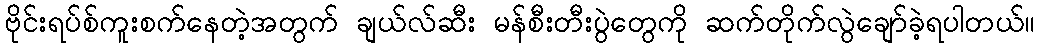
ဗိုင်းရပ်စ်ကူးစက်နေတဲ့အတွက် ချယ်လ်ဆီး မန်စီးတီးပွဲတွေကို ဆက်တိုက်လွဲချော်ခဲ့ရပါတယ်။